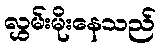
လွှမ်းမိုးနေသည်